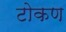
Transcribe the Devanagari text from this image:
टोकण